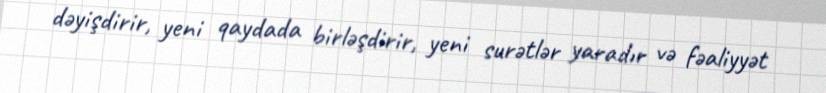
dəyişdirir, yeni qaydada birləşdirir, yeni surətlər yaradır və fəaliyyət